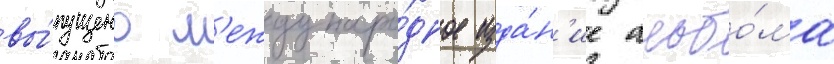
вы́пущено м'еждунаро́дное изда́н'ие альбо́ма